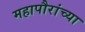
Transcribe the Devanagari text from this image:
महापौरांच्या